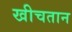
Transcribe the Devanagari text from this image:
खीचतान